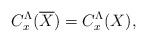
LaTeX: \begin{align*}C_x^\Lambda(\overline{X})=C_x^\Lambda(X),\end{align*}